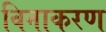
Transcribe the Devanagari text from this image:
विनाकरण